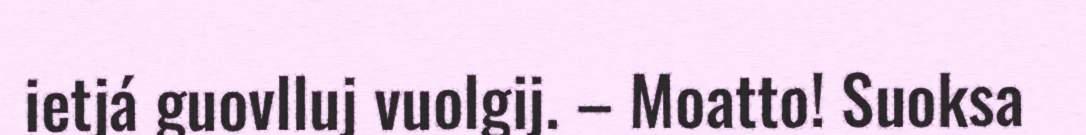
ietjá guovlluj vuolgij. – Moatto! Suoksa